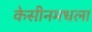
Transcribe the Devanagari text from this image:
केसीनमधला